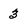
Character: 3